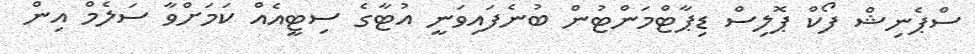
ސްޕެނިޝް ފޯކް ޕޮލިސް ޑިޕާޓްމަންޓުން ބުނެފައިވަނީ އުޓާގެ ސިޓީއެއް ކަމަށްވާ ސަލެމް އިން